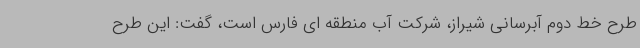
طرح خط دوم آبرسانی شیراز، شرکت آب منطقه ای فارس است، گفت: این طرح